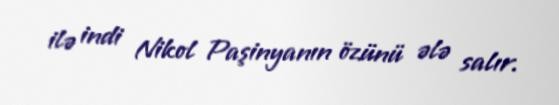
ilə indi Nikol Paşinyanın özünü ələ salır.